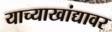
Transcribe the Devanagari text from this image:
याच्याखांद्यावर